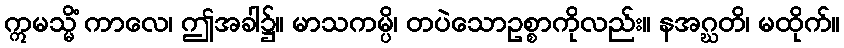
ဣမသ္မိံ ကာလေ၊ ဤအခါ၌။ မာသကမ္ပိ၊ တပဲသောဥစ္စာကိုလည်း။ နအဂ္ဃတိ၊ မထိုက်။